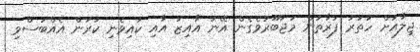
ޖިލާއަށް ހަތަރު ފަރާތުން މަޖުބޫރުވެގެން އޭނަ އާއިޒު އާއި ކައިވެނި ކުރަން އެއްބަސްވި